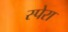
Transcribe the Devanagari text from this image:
स्पेरा